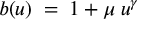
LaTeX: b ( u ) \; = \; 1 + \mu \: u ^ { \gamma }